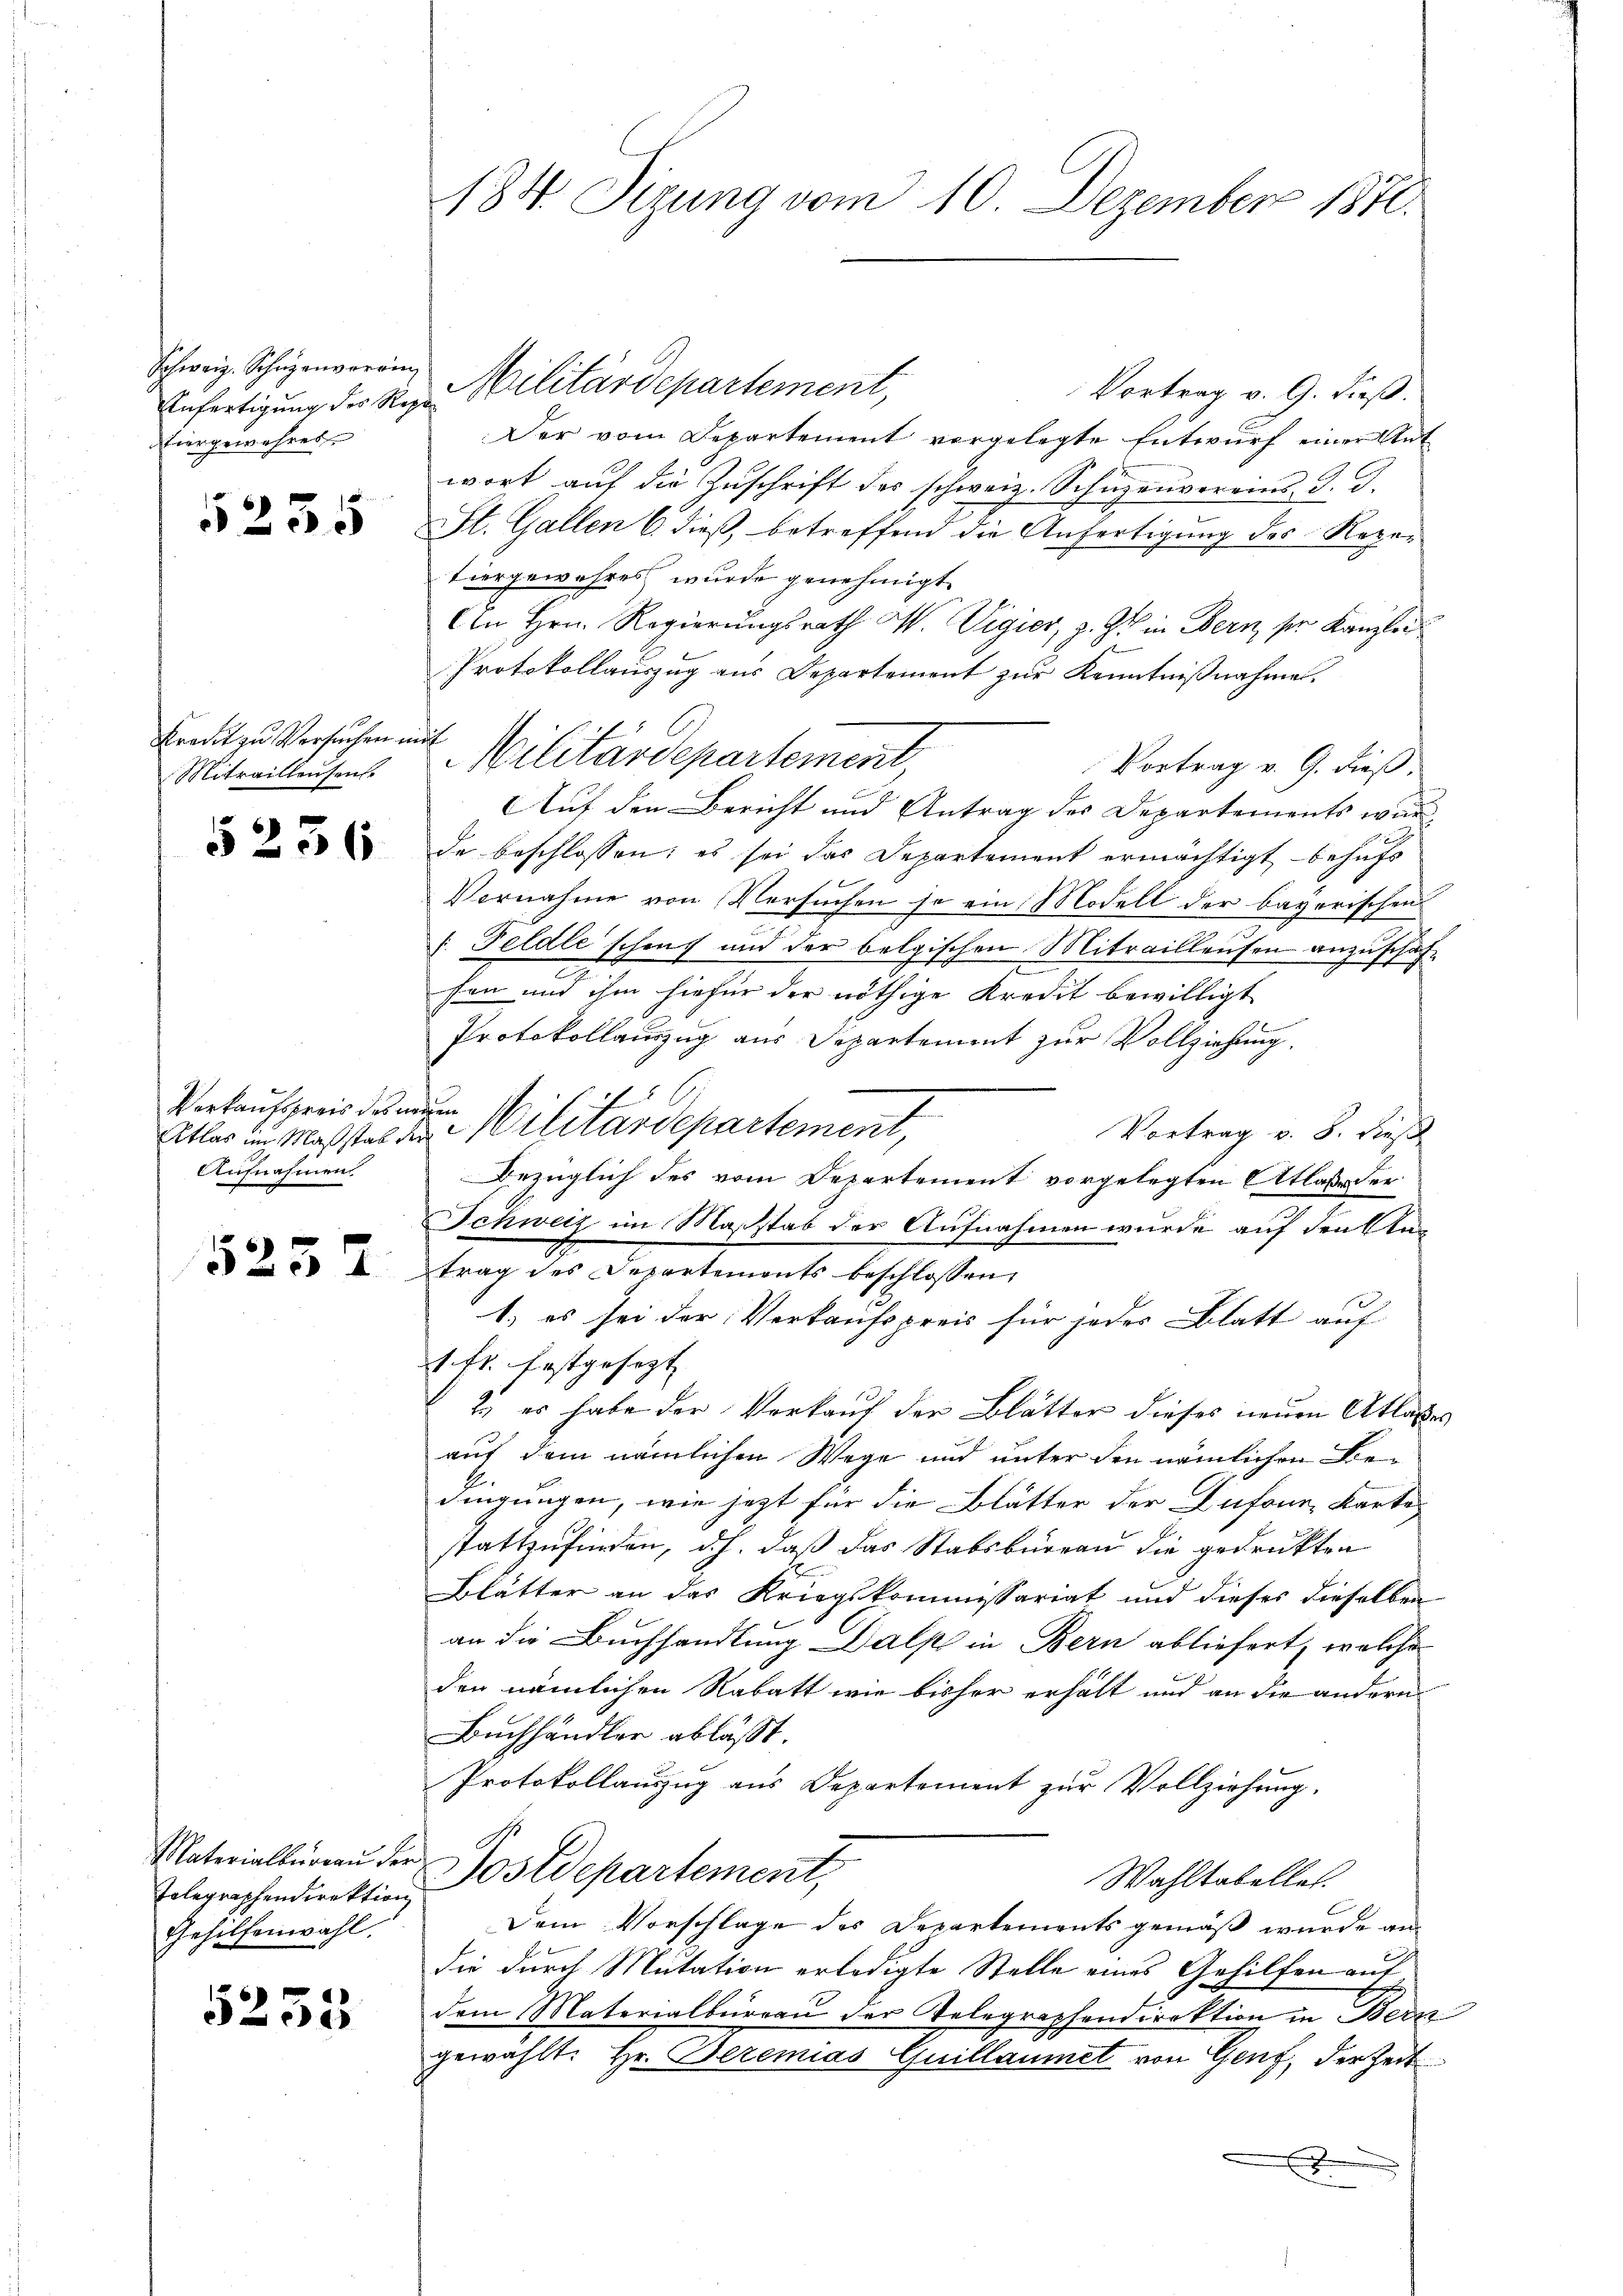
Schweiz. Schüzenvorring
Eiergewehres

5255

Kredit zu Versuchen in
Mitrailleusens

5236

Verkaufspreis des neuen
Aufnahmen

5237

Telegraphendirektion
Gehilfenwahl.

5235

184. Sizung vom 10. Dezember 1870.

Vortrag v. 9. dieß.
Anfertigung der Rez. Militärdepartement,
Der vom Departement vorgelegte Entwurf einer Ant
wort auf die Zuschrift des schweiz. Schüzenvereins d. J.
St. Gallen 6. dieß, betreffend die Anfertigung des Rezei
Tiergewahres wurde genehmigt.
An Hrn. Regierungsrath W. Vigier, z. Z. in Bern, ser Kanzlei
Protokollauszug aus Departement zur Kenntnißnahme.
i
Militärdepartement
Vortrag v. G. dieß.
Auf den Bericht und Antrag des Departements wur
de beschlossen; es sei das Departement ermächtigt behufs
Vornahme von Versuchen so ein Modell der bayerischen
1. Feldle schen und der belgischen Mitraillensen anzuschafe
fen und ihm hiefür der nöthige Kredit bewilligt
Protokollauszug aus Separtement zur Vollziehung.
Atlas im Maßstab des Militärdepartement,
Vortrag v. 8. dieß
Bezüglich des vom Departement vorgelegten Atlasse der
Schweiz im Maßstab der Aufnahmen wurde auf den Antrag des Departements beschlossen,
1.) es sei der Verkaufspreis für jedes Blatt auf
1. fl. festgesezt
2.) es habe der Verkauf der Blätter dieses neuen Atlasses
auf dem nämlichen Wege und unter den nämlichen Bedingungen, wie jetzt für die Blätter der Dufour, Karte
stattzufinden, d.h. daß das Stabsbureau die gedrukten
Blätter an das Kriegskommissariat und dieses dieselben
an die Buchhandlung Dalp in Bern abliefert, welche
den nämlichen Rabatt wie bisher erhält und an die andern
Buchhändler abläßt.
Protokollauszug aus Departement zur Vollziehung.
Materialbüraŭ der Postdepartement,
Wahltabellet.
Dem Vorschlage des Departements gemäß wurde andie durch Mutation erledigte Stelle eines Gehilfen auf
dem Materialbüreau der Telegraphendirektion in Bern
gewählt: Hr. Dezemias Quillaumet von Genf, der Zeit
x